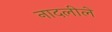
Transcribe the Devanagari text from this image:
नादलीले